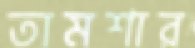
তামশার